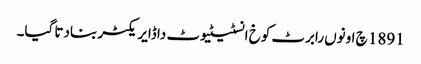
1891 چ اونوں رابرٹ کوخ انسٹیٹیوٹ دا ڈایریکٹر بنادتا گیا۔